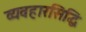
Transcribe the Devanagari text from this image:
व्यवहारसिद्धि